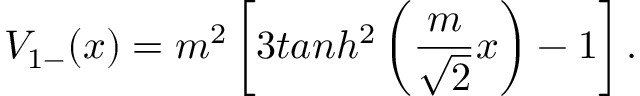
V _ { 1 - } ( x ) = m ^ { 2 } \left[ 3 t a n h ^ { 2 } \left( \frac { m } { \sqrt { 2 } } x \right) - 1 \right] .